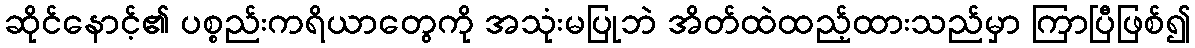
ဆိုင်နောင့်၏ ပစ္စည်းကရိယာတွေကို အသုံးမပြုဘဲ အိတ်ထဲထည့်ထားသည်မှာ ကြာပြီဖြစ်၍